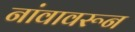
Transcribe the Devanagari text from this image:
नांवावरून